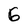
Character: G